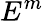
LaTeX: E^{m}